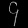
Digit: ၄